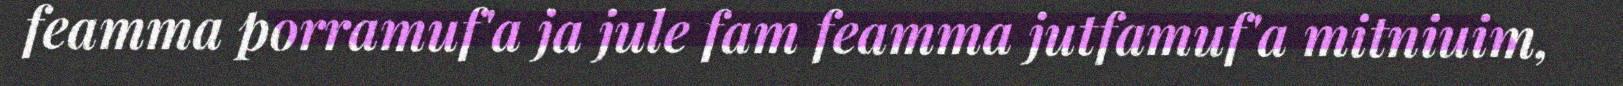
feamma porramuf'a ja jule fam feamma jutfamuf'a mitniuim,